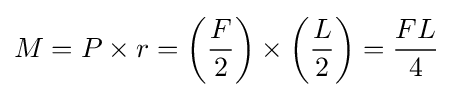
M=P\times r=\left({\frac {F}{2}}\right)\times \left({\frac {L}{2}}\right)={\frac {FL}{4}}